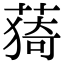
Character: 𦸒